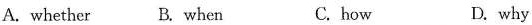
A.whether B. when C. how D. why